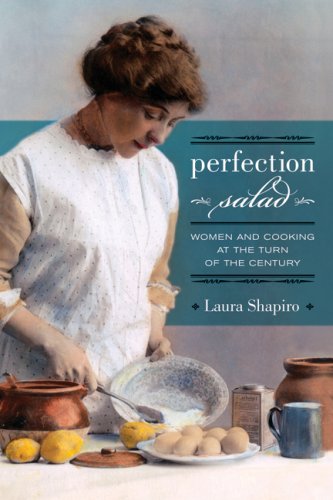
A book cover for Perfection Salad: Women and Cooking at the Turn of the Century (California Studies in Food and Culture); Laura Shapiro; Cookbooks, Food & Wine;